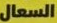
السعال